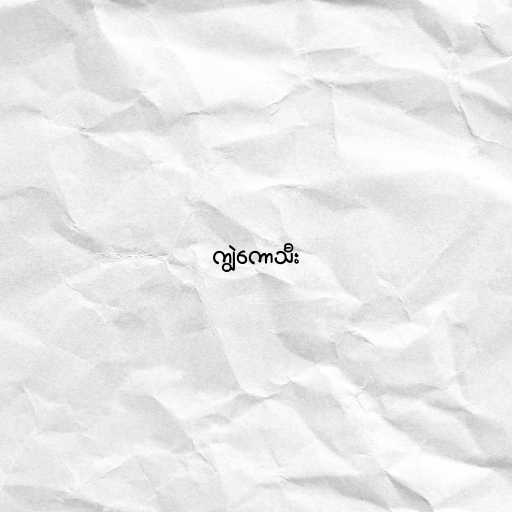
ကျွဲကောသီး